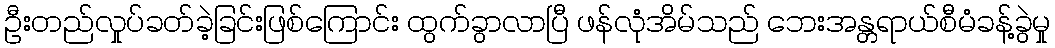
ဦးတည်လှုပ်ခတ်ခဲ့ခြင်းဖြစ်ကြောင်း ထွက်ခွာလာပြီ ဖန်လုံအိမ်သည် ဘေးအန္တရာယ်စီမံခန့်ခွဲမှု